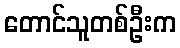
တောင်သူတစ်ဦးက